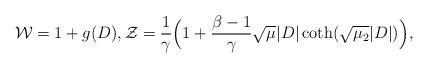
LaTeX: \begin{align*}\mathcal W=1+g(D),\mathcal Z=\frac{1}{\gamma}\Big(1+\frac{\beta-1}{\gamma} \sqrt{\mu} |D| \coth(\sqrt{\mu_2}|D|)\Big ),\end{align*}